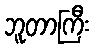
ဘူတာကြီး